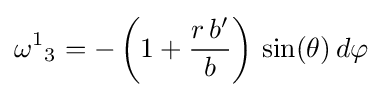
{\omega ^{1}}_{3}=-\left(1+{\frac {r\,b'}{b}}\right)\,\sin(\theta )\,d\varphi